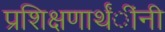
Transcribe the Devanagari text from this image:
प्रशिक्षणार्थंींनी